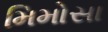
મિમોસા